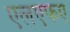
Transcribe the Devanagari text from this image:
एलएफए